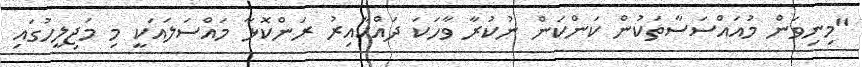
"މިނިވަން މުއައްސަސާތަކުން ކަންކަން ނުކުރާ ވާހަކަ ދައްކާއިރު ރަންކޮޅާ މައްސަލައަކީ މި މަޖިލީހުގައި